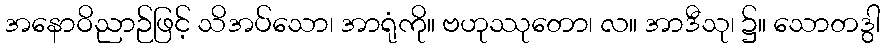
အနောဝိညာဉ်ဖြင့် သိအပ်သော၊ အာရုံကို။ ဗဟုဿုတော၊ လ။ အာဒီသု၊ ၌။ သောတဒွါ